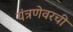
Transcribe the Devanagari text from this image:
यंत्रणेवरची